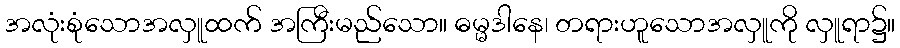
အလုံးစုံသောအလှူထက် အကြီးမည်သော။ ဓမ္မဒါနေ၊ တရားဟူသောအလှူကို လှူရာ၌။